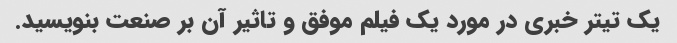
یک تیتر خبری در مورد یک فیلم موفق و تاثیر آن بر صنعت بنویسید.